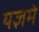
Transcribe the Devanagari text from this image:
यज्ञमे